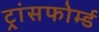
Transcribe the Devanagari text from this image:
ट्रांसफोर्म्ड